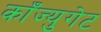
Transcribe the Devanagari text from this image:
काँज्युगेट